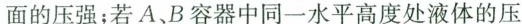
面的压强；若A、B容器中同一水平高度处液体的压